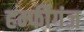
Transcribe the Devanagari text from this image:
हर्म्फीगंज